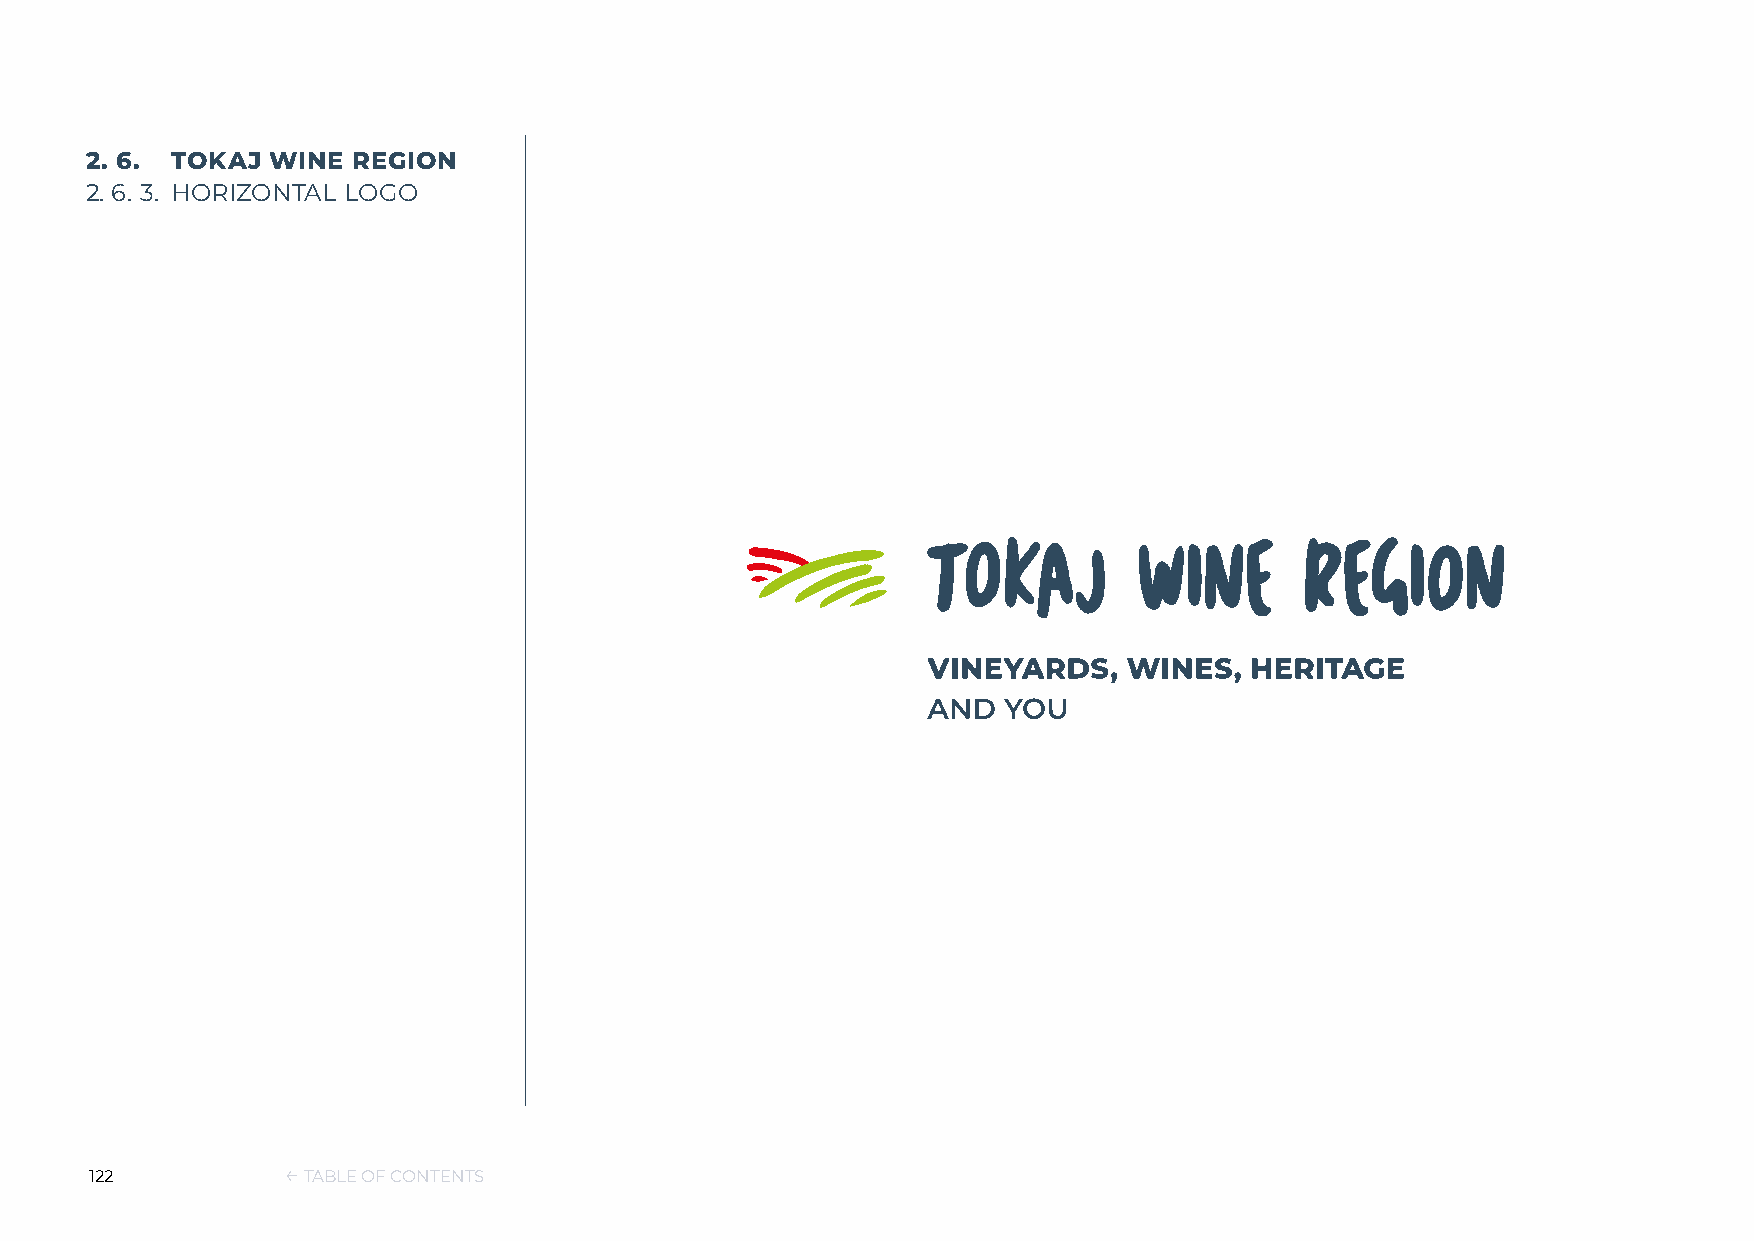
2. 6. TOKAJ WINE REGION
 2. 6. 3. HORIZONTAL LOGO
 122          ← TABLE OF CONTENTS